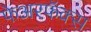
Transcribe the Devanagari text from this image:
फेअरफॅक्स